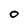
Character: O